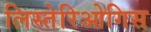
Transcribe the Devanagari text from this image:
लिस्तेरिओगिस